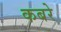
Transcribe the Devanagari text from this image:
कबरे